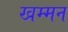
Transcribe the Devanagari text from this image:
खम्मन